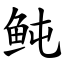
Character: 鲀